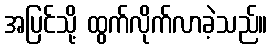
အပြင်သို့ ထွက်လိုက်လာခဲ့သည်။